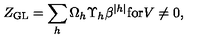
Z _ { \mathrm { G L } } = \sum _ { h } \Omega _ { h } \Upsilon _ { h } \beta ^ { | h | } \mathrm { f o r } V \neq 0 ,